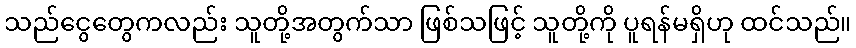
သည်ငွေတွေကလည်း သူတို့အတွက်သာ ဖြစ်သဖြင့် သူတို့ကို ပူရန်မရှိဟု ထင်သည်။